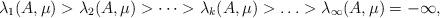
LaTeX: \begin{align*}\lambda_1 (A,\mu)>\lambda_2(A,\mu) >\cdots >\lambda_k(A,\mu) > \ldots >\lambda_\infty(A,\mu)=-\infty,\end{align*}